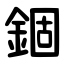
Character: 錮